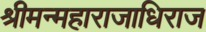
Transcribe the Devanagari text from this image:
श्रीमन्महाराजाधिराज